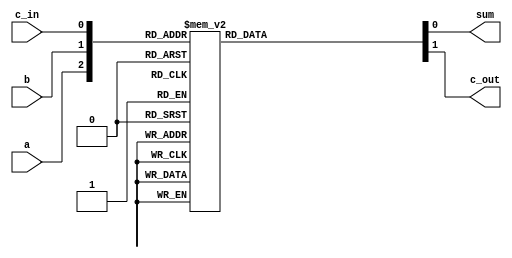
module full_adder_behavior(a, b ,c_in, sum, c_out);

input a ,b , c_in;
output sum, c_out;
reg sum, c_out;

always @(a,b,c_in) begin
	case({a,b,c_in})
	3'b000: begin sum = 0; c_out = 0; end
	3'b001: begin sum = 1; c_out = 0; end
	3'b010: begin sum = 1; c_out = 0; end
	3'b011: begin sum = 0; c_out = 1; end
	3'b100: begin sum = 1; c_out = 0; end
	3'b101: begin sum = 0; c_out = 1; end
	3'b110: begin sum = 0; c_out = 1; end
	3'b111: begin sum = 1; c_out = 1; end
endcase
end
endmodule